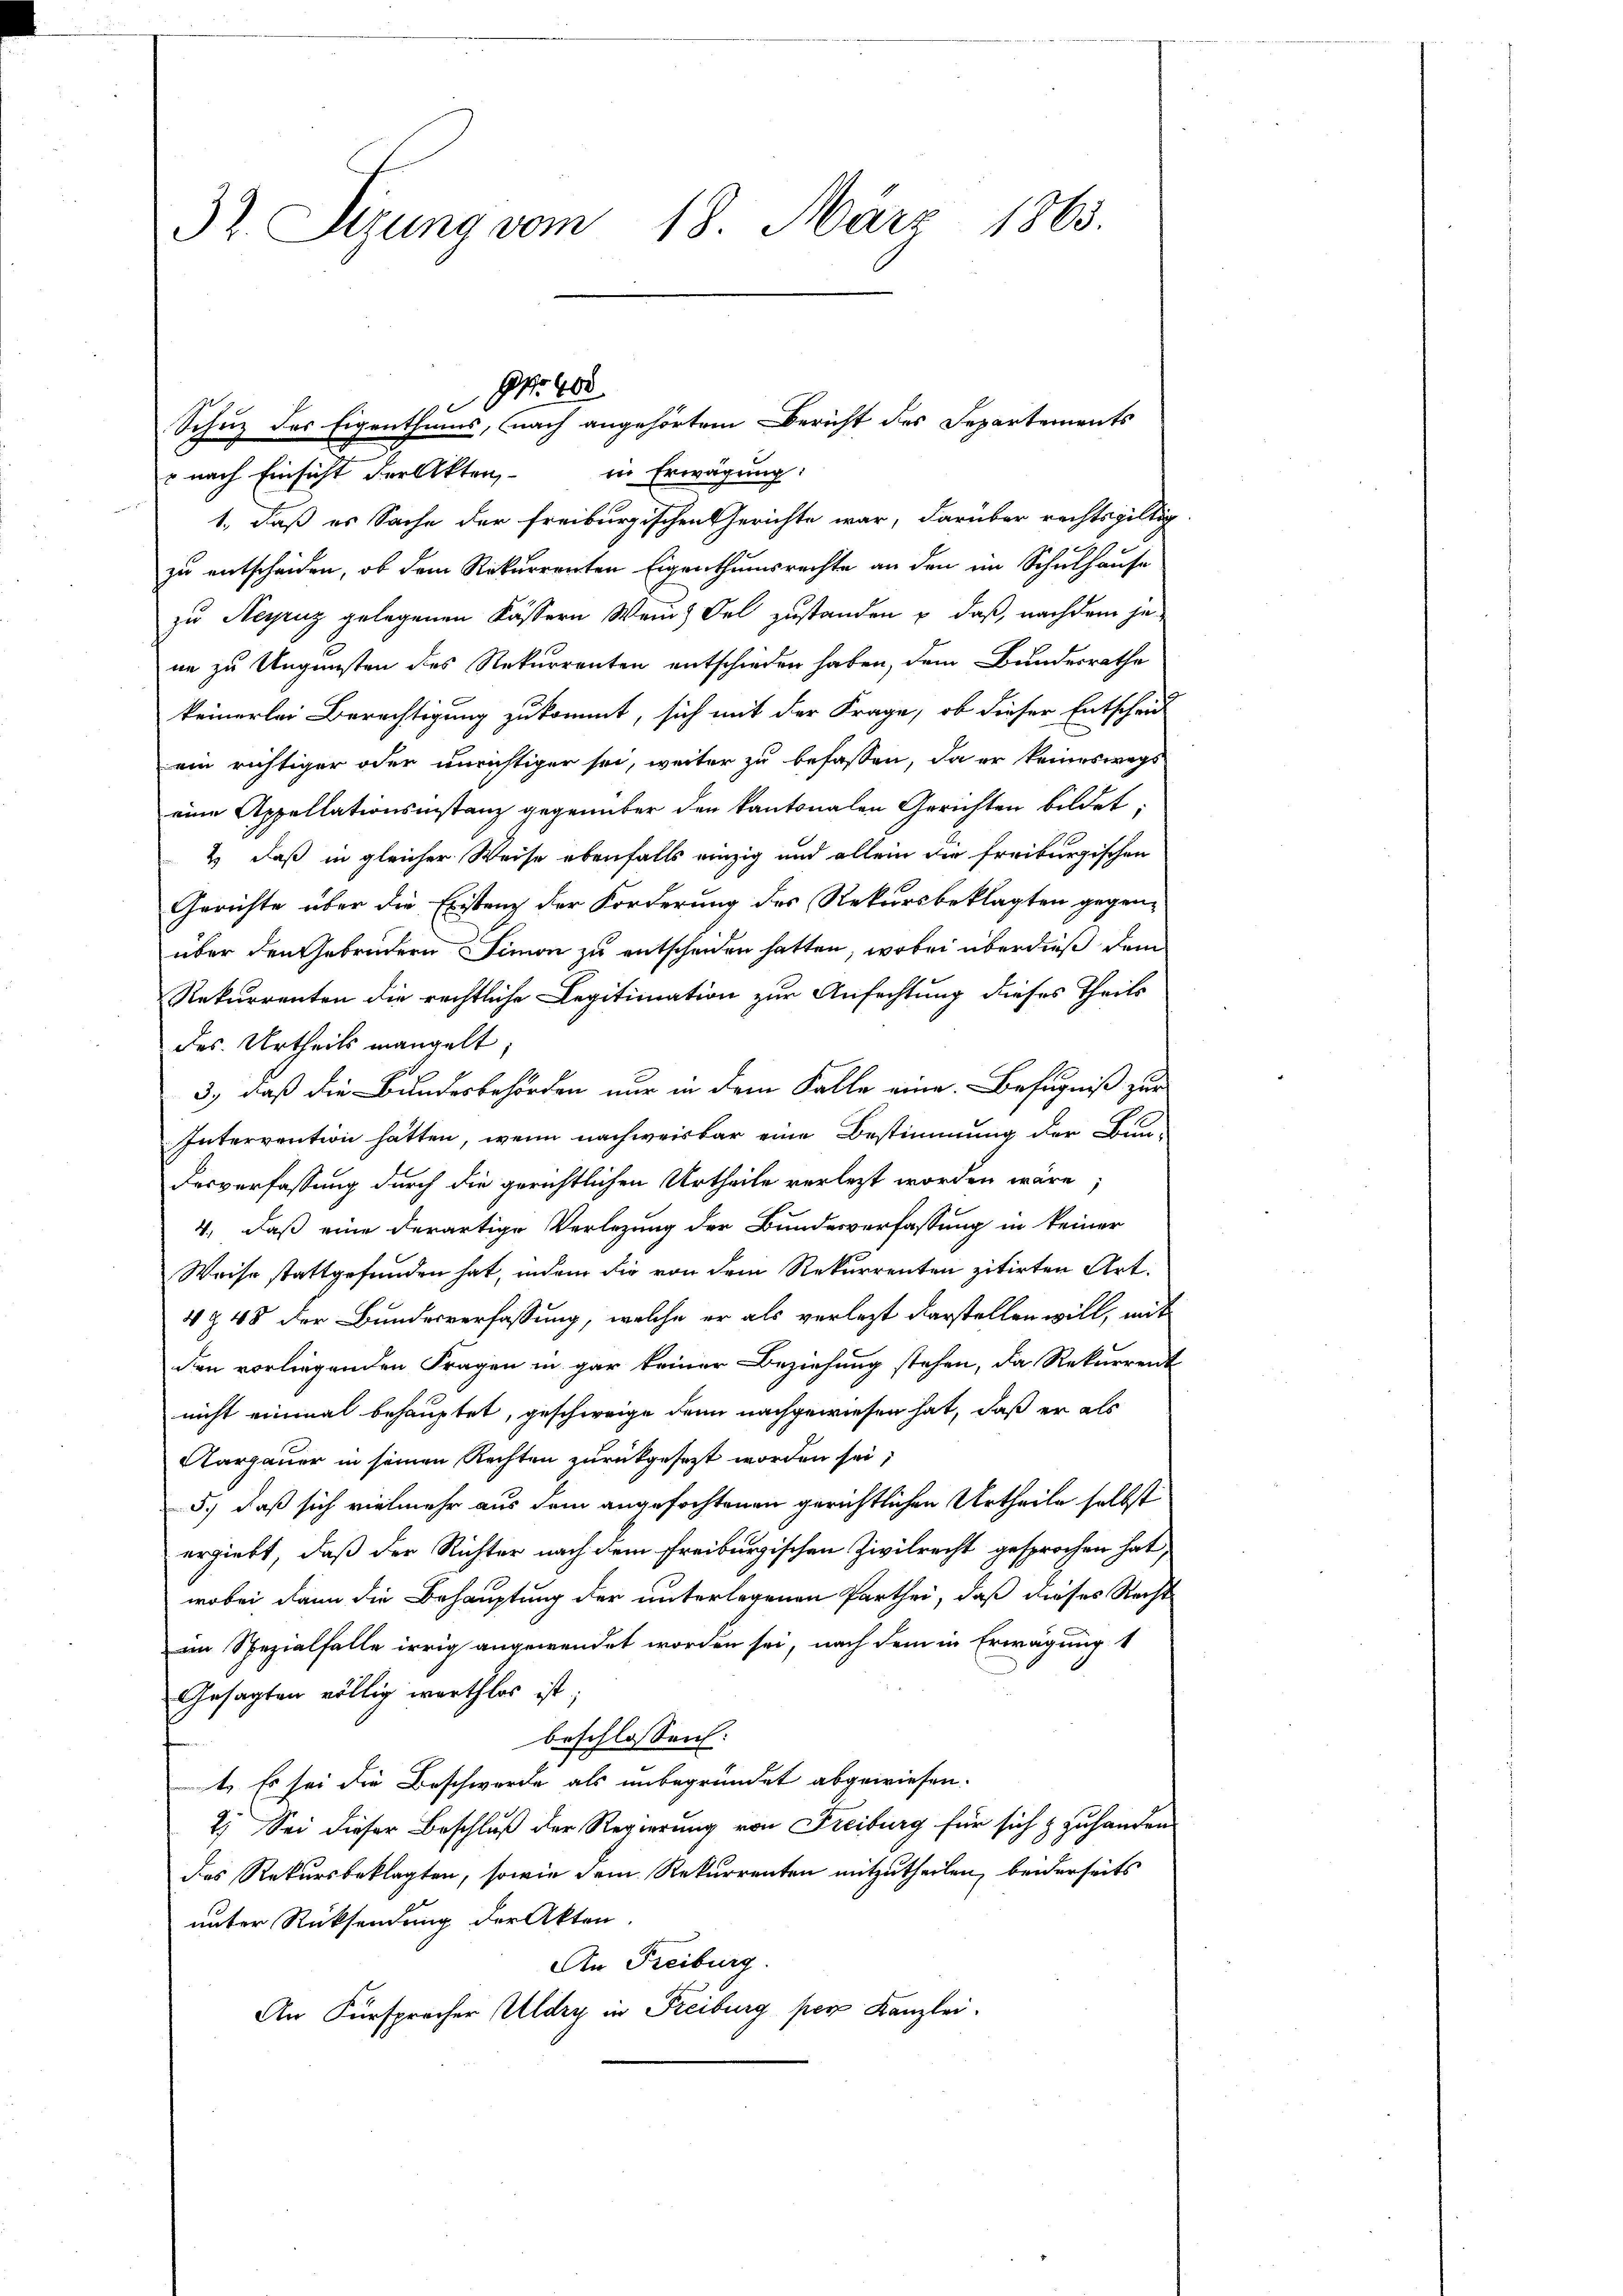
32 Sizung vom 18. März 1865.

NNo. 400
t
Schuz des Eigenthums, nach angehörtem Bericht des Separtements

in Erwägung:
c nach Einsicht der Akten
1., daß es Sache der freiburgischen Gerichte war, darüber rechtsgültig
zu entscheiden, ob dem Rekurrenten Eigenthumsrechte an den im Schulhause
zu Negruz gelegenen Kassern Wein Fel zustanden u. daß, nachdem jene zu Ungunsten des Rekurrenten entschieden haben, dem Bundesrathe
keinerlei Berechtigung zukommt, sich mit der Frage, ob dieser Entscheid
ein richtiger oder unrichtiger sei, weiter zu befassen, da er keineswegs
eine Appellationsinstanz gegenüber den kantonalen Gerichten bildet;
2.) daß in gleicher Weise ebenfalls einzig und allein die freiburgischen
Gerichte über die Existenz der Forderung des Rekursbeklagten gegen-
über den Gebrüdern Simon zu entscheiden hatten, wobei überdieß dem
Rekurrenten die rechtliche Legitimation zur Anfechtung dieses Theils
des Urtheils mangelt
3., daß die Bundesbehörden nur in dem Falle eine Befugniß zur
Intervention hätten, wenn nachweisbar eine Bestimmung der Bun-
Desverfassung durch die gerichtlichen Urtheile verletzt worden wäre;
4, daß eine derartige Verlegung der Bundesverfassung in keiner
Weise stattgefunden hat, indem die von dem Rekurrenten zitirten Art.
4 § 48 der Bundesverfassung, welche er als verletzt darstellen will, mit
den vorliegenden Fragen in gar keiner Beziehung stehen, da Rekurrent
nicht einmal behauptet, geschweige denn nachgewiesen hat, daß er als
Aargauer in seinen Rechten zurückgesezt worden sei;
5.) daß sich vielmehr aus dem angefochtenen gerichtlichen Urtheile selbst
ergiebt, daß der Richter nach dem Freiburgischen Zivilrecht gesprochen hat,
wobei dann die Behauptung der unterlegenen Parthei, daß dieses Recht
im Spezialfalle irrig angewendet worden sei, nach dem in Erwägung 1
Gesagten völlig werthlos ist,
beschlossen:
t. Es sei die Beschwerde als unbegründet abgewiesen.
2. Sei dieser Beschluß der Regierung von Freiburg für sich & zu handen
das Rekursbeklagten, sowie dem Rekurrenten mitzutheilen, beiderseits
unter Rücksendung der Akten.
An Freiburg.
An Fürspracher Aldry in Freiburg per Kanzlei.